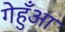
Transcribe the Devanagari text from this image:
गेहुँआ